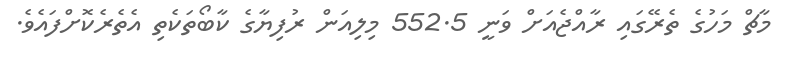
މާޗް މަހުގެ ތެރޭގައި ރާއްޖެއަށް ވަނީ 552.5 މިލިއަން ރުފިޔާގެ ކާބޯތަކެތި އެތެރެކޮށްފައެވެ.